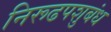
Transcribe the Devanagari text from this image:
निरूढपशुबंध